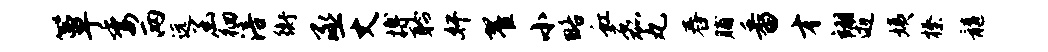
簟委两远函徊涪衡丞丈搏聆奸翟小略虹磊丸舂脯番才翊逝姨榛髓